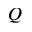
Q